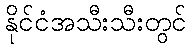
နိုင်ငံအသီးသီးတွင်